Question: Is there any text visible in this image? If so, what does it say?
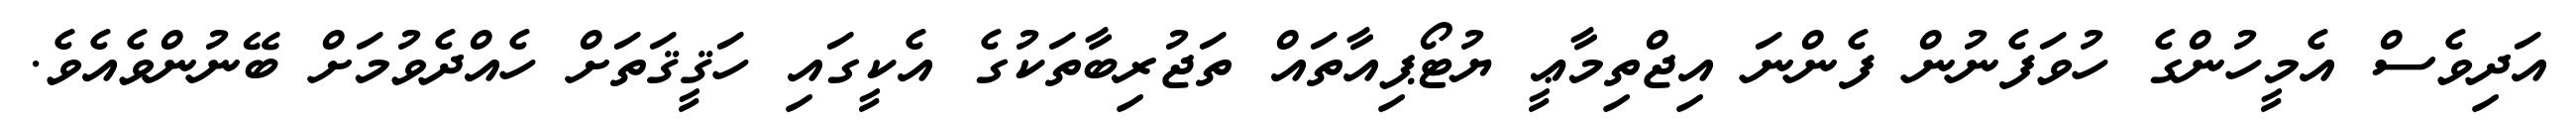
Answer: އަދިވެސް އެމީހުންގެ ހުވަފެނުން ފެންނަ އިޖްތިމާޢީ ޔުޓޯޕިއާތައް ތަޖުރިބާތަކުގެ އެކީގައި ހަޤީޤަތަށް ހެއްދެވުމަށް ބޭނުންވެއެވެ.